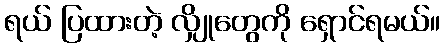
ရယ် ပြထားတဲ့ လျှိုတွေကို ရှောင်ရမယ်။